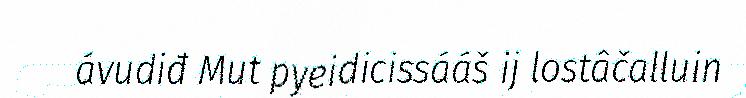
ávudiđ Mut pyeidicissááš ij lostâčalluin